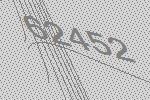
62452